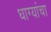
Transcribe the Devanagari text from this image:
धाग्यांचा